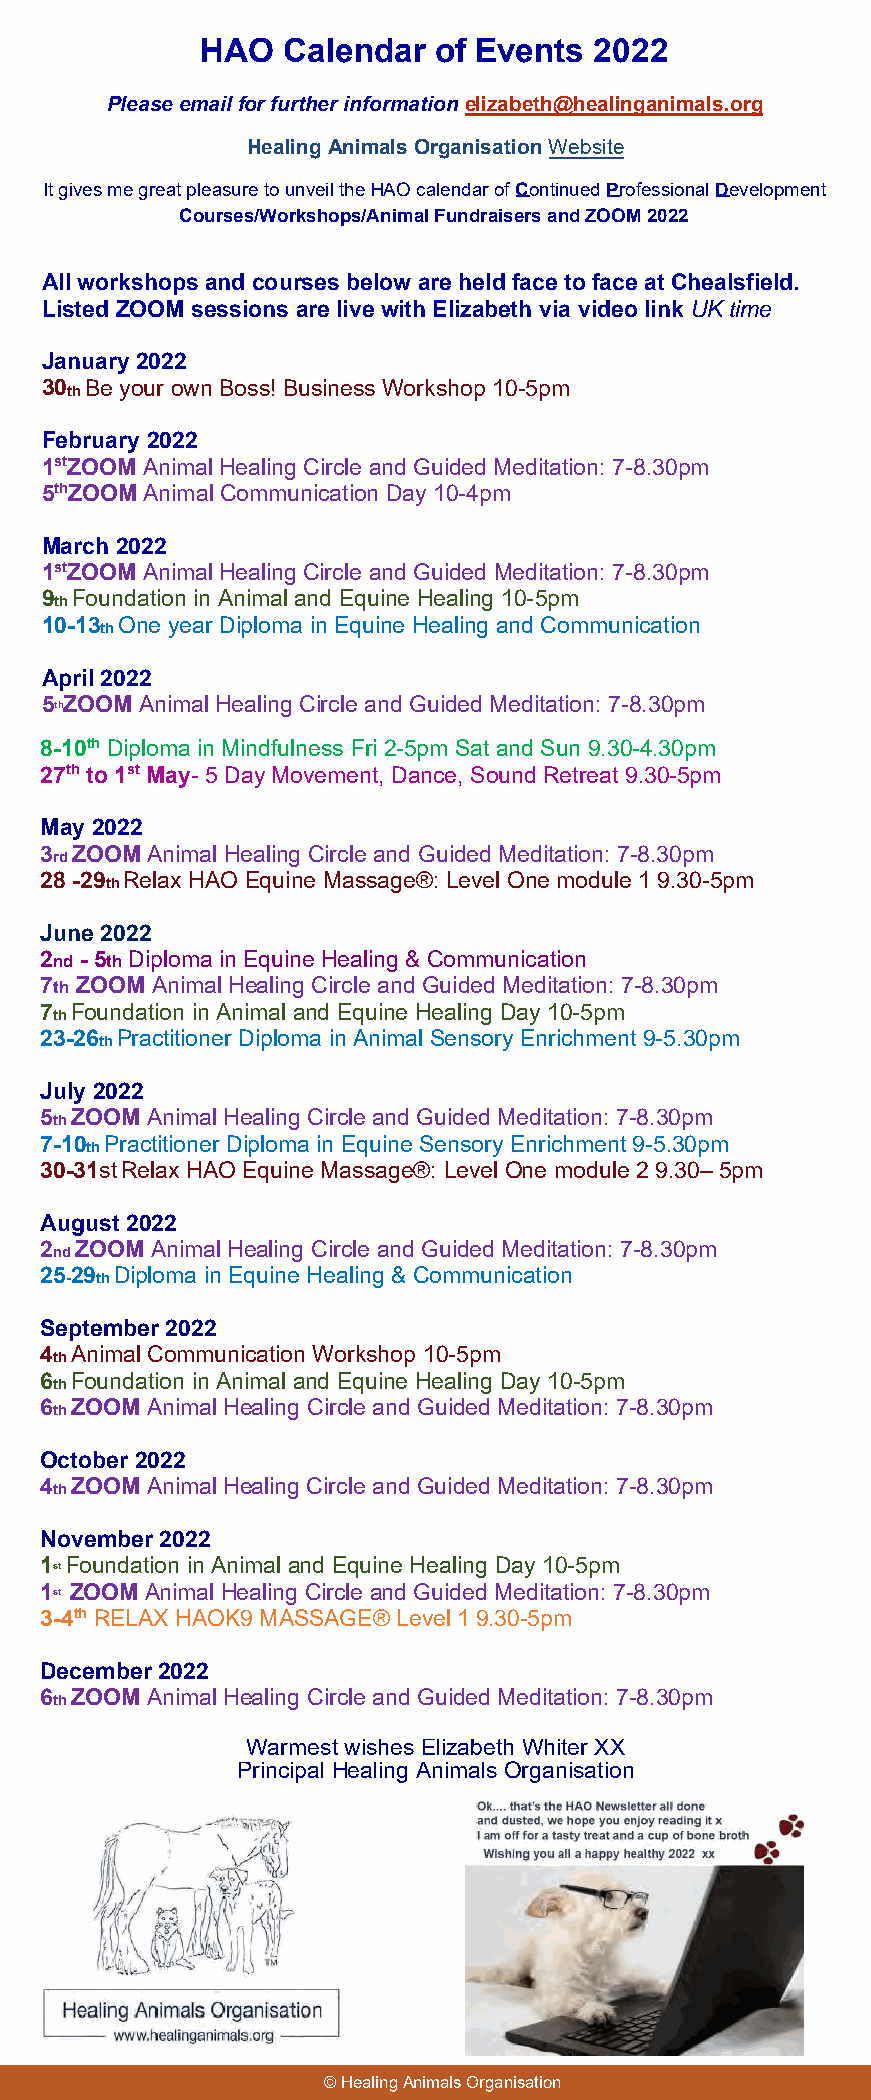
HAO   Calendar  of Events 2022
 Please email for further information elizabeth@healinganimals.org
 Healing Animals Organisation Website
 It gives me great pleasure to unveil the HAO calendar of Continued Professional Development
 Courses/Workshops/Animal Fundraisers and ZOOM 2022
 All workshops and courses below are held face to face at Chealsfield.
 Listed ZOOM sessions are live with Elizabeth via video link UK time
 January 2022
 30th Be your own Boss! Business Workshop 10-5pm
 February 2022
 1stZOOM Animal Healing Circle and Guided Meditation: 7-8.30pm
 5thZOOM Animal Communication Day 10-4pm
 March 2022
 1stZOOM Animal Healing Circle and Guided Meditation: 7-8.30pm
 9th Foundation in Animal and Equine Healing 10-5pm
 10-13th One year Diploma in Equine Healing and Communication
 April 2022
 5thZOOM Animal Healing Circle and Guided Meditation: 7-8.30pm
 8-10th Diploma in Mindfulness Fri 2-5pm Sat and Sun 9.30-4.30pm
 27th to 1st May- 5 Day Movement, Dance, Sound Retreat 9.30-5pm
 May 2022
 3rd ZOOM Animal Healing Circle and Guided Meditation: 7-8.30pm
 28 -29th Relax HAO Equine Massage®: Level One module 1 9.30-5pm
 June 2022
 2nd - 5th Diploma in Equine Healing & Communication
 7th ZOOM Animal Healing Circle and Guided Meditation: 7-8.30pm
 7th Foundation in Animal and Equine Healing Day 10-5pm
 23-26th Practitioner Diploma in Animal Sensory Enrichment 9-5.30pm
 July 2022
 5th ZOOM Animal Healing Circle and Guided Meditation: 7-8.30pm
 7-10th Practitioner Diploma in Equine Sensory Enrichment 9-5.30pm
 30-31st Relax HAO Equine Massage®: Level One module 2 9.30– 5pm
 August 2022
 2nd ZOOM Animal Healing Circle and Guided Meditation: 7-8.30pm
 25-29th Diploma in Equine Healing & Communication
 September 2022
 4th Animal Communication Workshop 10-5pm
 6th Foundation in Animal and Equine Healing Day 10-5pm
 6th ZOOM Animal Healing Circle and Guided Meditation: 7-8.30pm
 October 2022
 4th ZOOM Animal Healing Circle and Guided Meditation: 7-8.30pm
 November 2022
 1st Foundation in Animal and Equine Healing Day 10-5pm
 1st ZOOM Animal Healing Circle and Guided Meditation: 7-8.30pm
 3-4th RELAX HAOK9 MASSAGE® Level 1 9.30-5pm
 December 2022
 6th ZOOM Animal Healing Circle and Guided Meditation: 7-8.30pm
 Warmest wishes Elizabeth Whiter XX
 Principal Healing Animals Organisation
 © Healing Animals Organisation